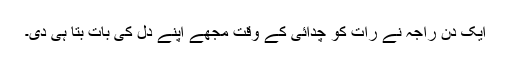
ایک دن راجہ نے رات کو چدائی کے وقت مجھے اپنے دل کی بات بتا ہی دی۔